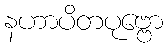
နဟာပိတပုဗ္ဗော